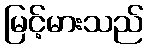
မြင့်မားသည်